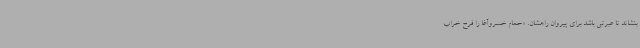
بنشاند تا عبرتی باشد برای پیروان راهشان. «حمام خسروآغا را فرح خراب